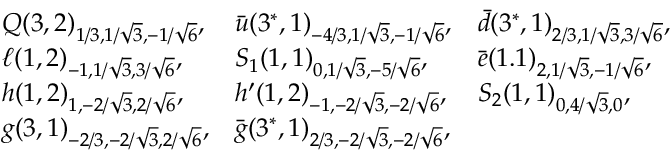
\begin{array} { l l l } { { Q ( 3 , 2 ) _ { 1 / 3 , 1 / \sqrt 3 , - 1 / \sqrt 6 } , } } & { { \bar { u } ( 3 ^ { \ast } , 1 ) _ { - 4 / 3 , 1 / \sqrt 3 , - 1 / \sqrt 6 } , } } & { { \bar { d } ( 3 ^ { \ast } , 1 ) _ { 2 / 3 , 1 / \sqrt 3 , 3 / \sqrt 6 } , \nonumber } } \\ { { \ell ( 1 , 2 ) _ { - 1 , 1 / \sqrt 3 , 3 / \sqrt 6 } , } } & { { S _ { 1 } ( 1 , 1 ) _ { 0 , 1 / \sqrt 3 , - 5 / \sqrt 6 } , } } & { { \bar { e } ( 1 . 1 ) _ { 2 , 1 / \sqrt 3 , - 1 / \sqrt 6 } , \nonumber } } \\ { { h ( 1 , 2 ) _ { 1 , - 2 / \sqrt 3 , 2 / \sqrt 6 } , } } & { { h ^ { \prime } ( 1 , 2 ) _ { - 1 , - 2 / \sqrt 3 , - 2 / \sqrt 6 } , } } & { { S _ { 2 } ( 1 , 1 ) _ { 0 , 4 / \sqrt 3 , 0 } , \nonumber } } \\ { { g ( 3 , 1 ) _ { - 2 / 3 , - 2 / \sqrt 3 , 2 / \sqrt 6 } , } } & { { \bar { g } ( 3 ^ { \ast } , 1 ) _ { 2 / 3 , - 2 / \sqrt 3 , - 2 / \sqrt 6 } , } } & { { } } \end{array}